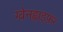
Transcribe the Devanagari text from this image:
ग्वेनह्वाइफ़र